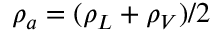
\rho _ { a } = ( \rho _ { L } + \rho _ { V } ) / 2